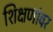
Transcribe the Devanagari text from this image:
शिक्षणांवर